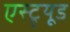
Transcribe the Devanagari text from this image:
एस्ट्र्यूड